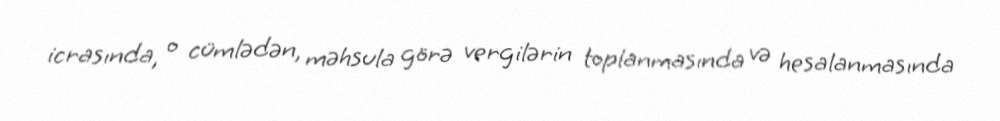
icrasında, o cümlədən, məhsula görə vergilərin toplanmasında və hesalanmasında